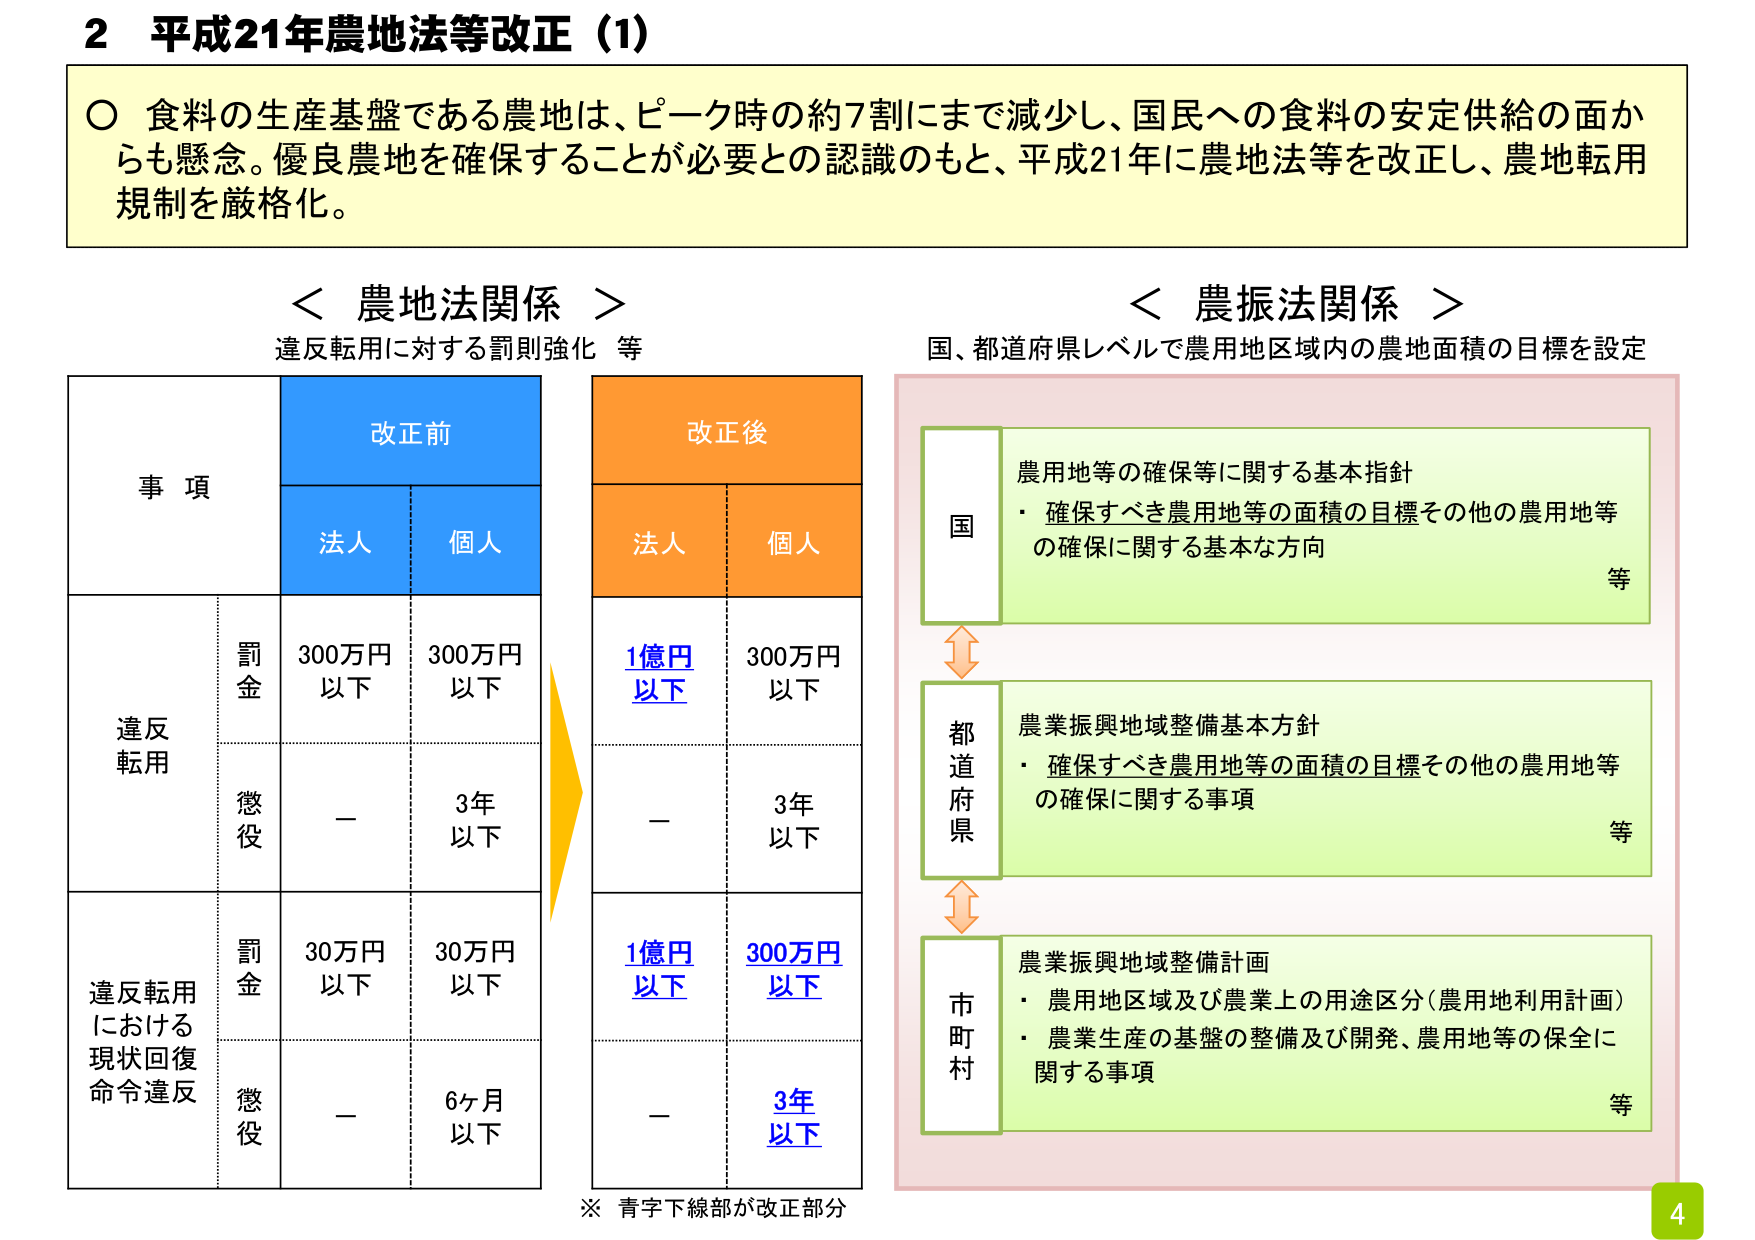
2 平成21年農地法等改正（1）

○ 食料の生産基盤である農地は、ピーク時の約7割にまで減少し、国民への食料の安定供給の面からも懸念。優良農地を確保することが必要との認識のもと、平成21年に農地法等を改正し、農地転用規制を厳格化。

＜ 農地法関係 ＞
違反転用に対する罰則強化 等

事項
改正前
改正後
法人
個人
法人
個人

違反転用
罰金
300万円以下
300万円以下
1億円以下
300万円以下
懲役
－
3年以下
－
3年以下

違反転用における現状回復命令違反
罰金
30万円以下
30万円以下
1億円以下
300万円以下
懲役
－
6ヶ月以下
－
3年以下

※ 青字下線部が改正部分

＜ 農振法関係 ＞
国、都道府県レベルで農用地区域内の農地面積の目標を設定

国
農用地等の確保等に関する基本指針
・ 確保すべき農用地等の面積の目標その他の農用地等の確保に関する基本な方向
等

都道府県
農業振興地域整備基本方針
・ 確保すべき農用地等の面積の目標その他の農用地等の確保に関する事項
等

市町村
農業振興地域整備計画
・ 農用地区域及び農業上の用途区分（農用地利用計画）
・ 農業生産の基盤の整備及び開発、農用地等の保全に関する事項
等

4